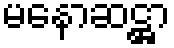
မနောဆဋ္ဌာ